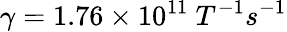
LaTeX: \gamma=1.76\times{10}^{11}\ {{T}}^{{-}{1}}{{s}}^{{-}{1}}